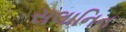
સલાનિન